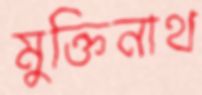
মুক্তিনাথ